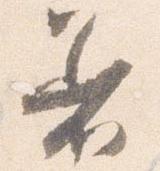
着